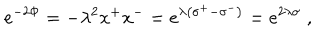
LaTeX: e ^ { - 2 \Phi } = - \lambda ^ { 2 } x ^ { + } x ^ { - } = e ^ { \lambda \left( \sigma ^ { + } - \sigma ^ { - } \right) } = e ^ { 2 \lambda \sigma } \; ,